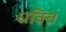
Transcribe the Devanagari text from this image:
धक्ति